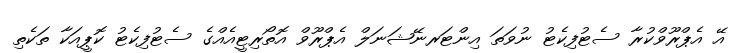
އޭ އެޕްރޫވްކުރާ ސެޓުފިކެޓު ނުވަތަ އިންޓަރނޭޝަނަލް އެޕްރޫވް އޮތޯރިޓީއެއްގެ ސެޓުފިކެޓު ކޮޕީއަކާ ތަކެތި